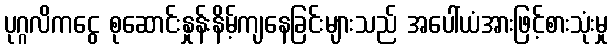
ပုဂ္ဂလိကငွေ စုဆောင်းနှုန်းနိမ့်ကျနေခြင်းများသည် အပေါ်ယံအားဖြင့်စားသုံးမှု